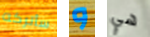
سأتركه و هي